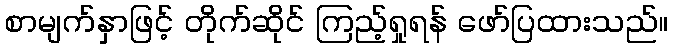
စာမျက်နှာဖြင့် တိုက်ဆိုင် ကြည့်ရှုရန် ဖော်ပြထားသည်။